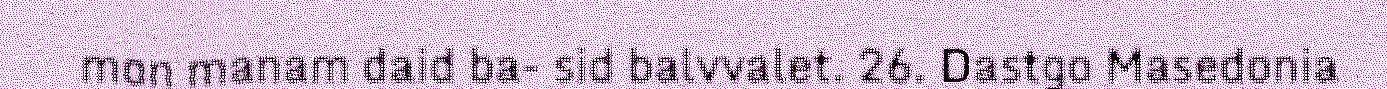
mon manam daid ba- sid balvvalet. 26. Dastgo Masedonia